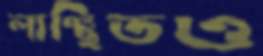
লাঞ্ছিতও